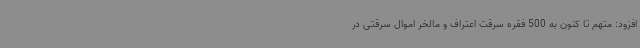
افزود: متهم تا کنون به 500 فقره سرقت اعتراف و مالخر اموال سرقتی در